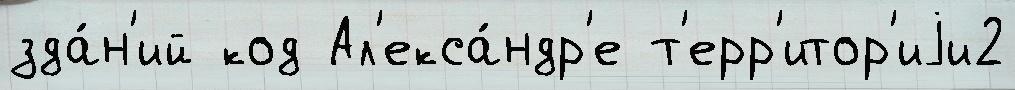
зда́н'ий код Ал'екса́ндр'е т'ерр'итор'иjи2